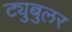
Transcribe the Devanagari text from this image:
ट्युबुलर